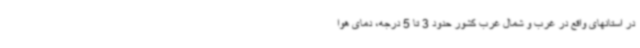
در استانهای واقع در غرب و شمال غرب کشور حدود 3 تا 5 درجه، دمای هوا